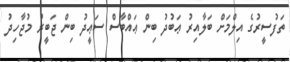
ތަފުސީރުގެ އިލްމަށް ބަލާއިރު ޢަބުދު ބިން ޢައްބާސް ސަޢީދު ބިން ޖަބީރު މުޖާހިދު